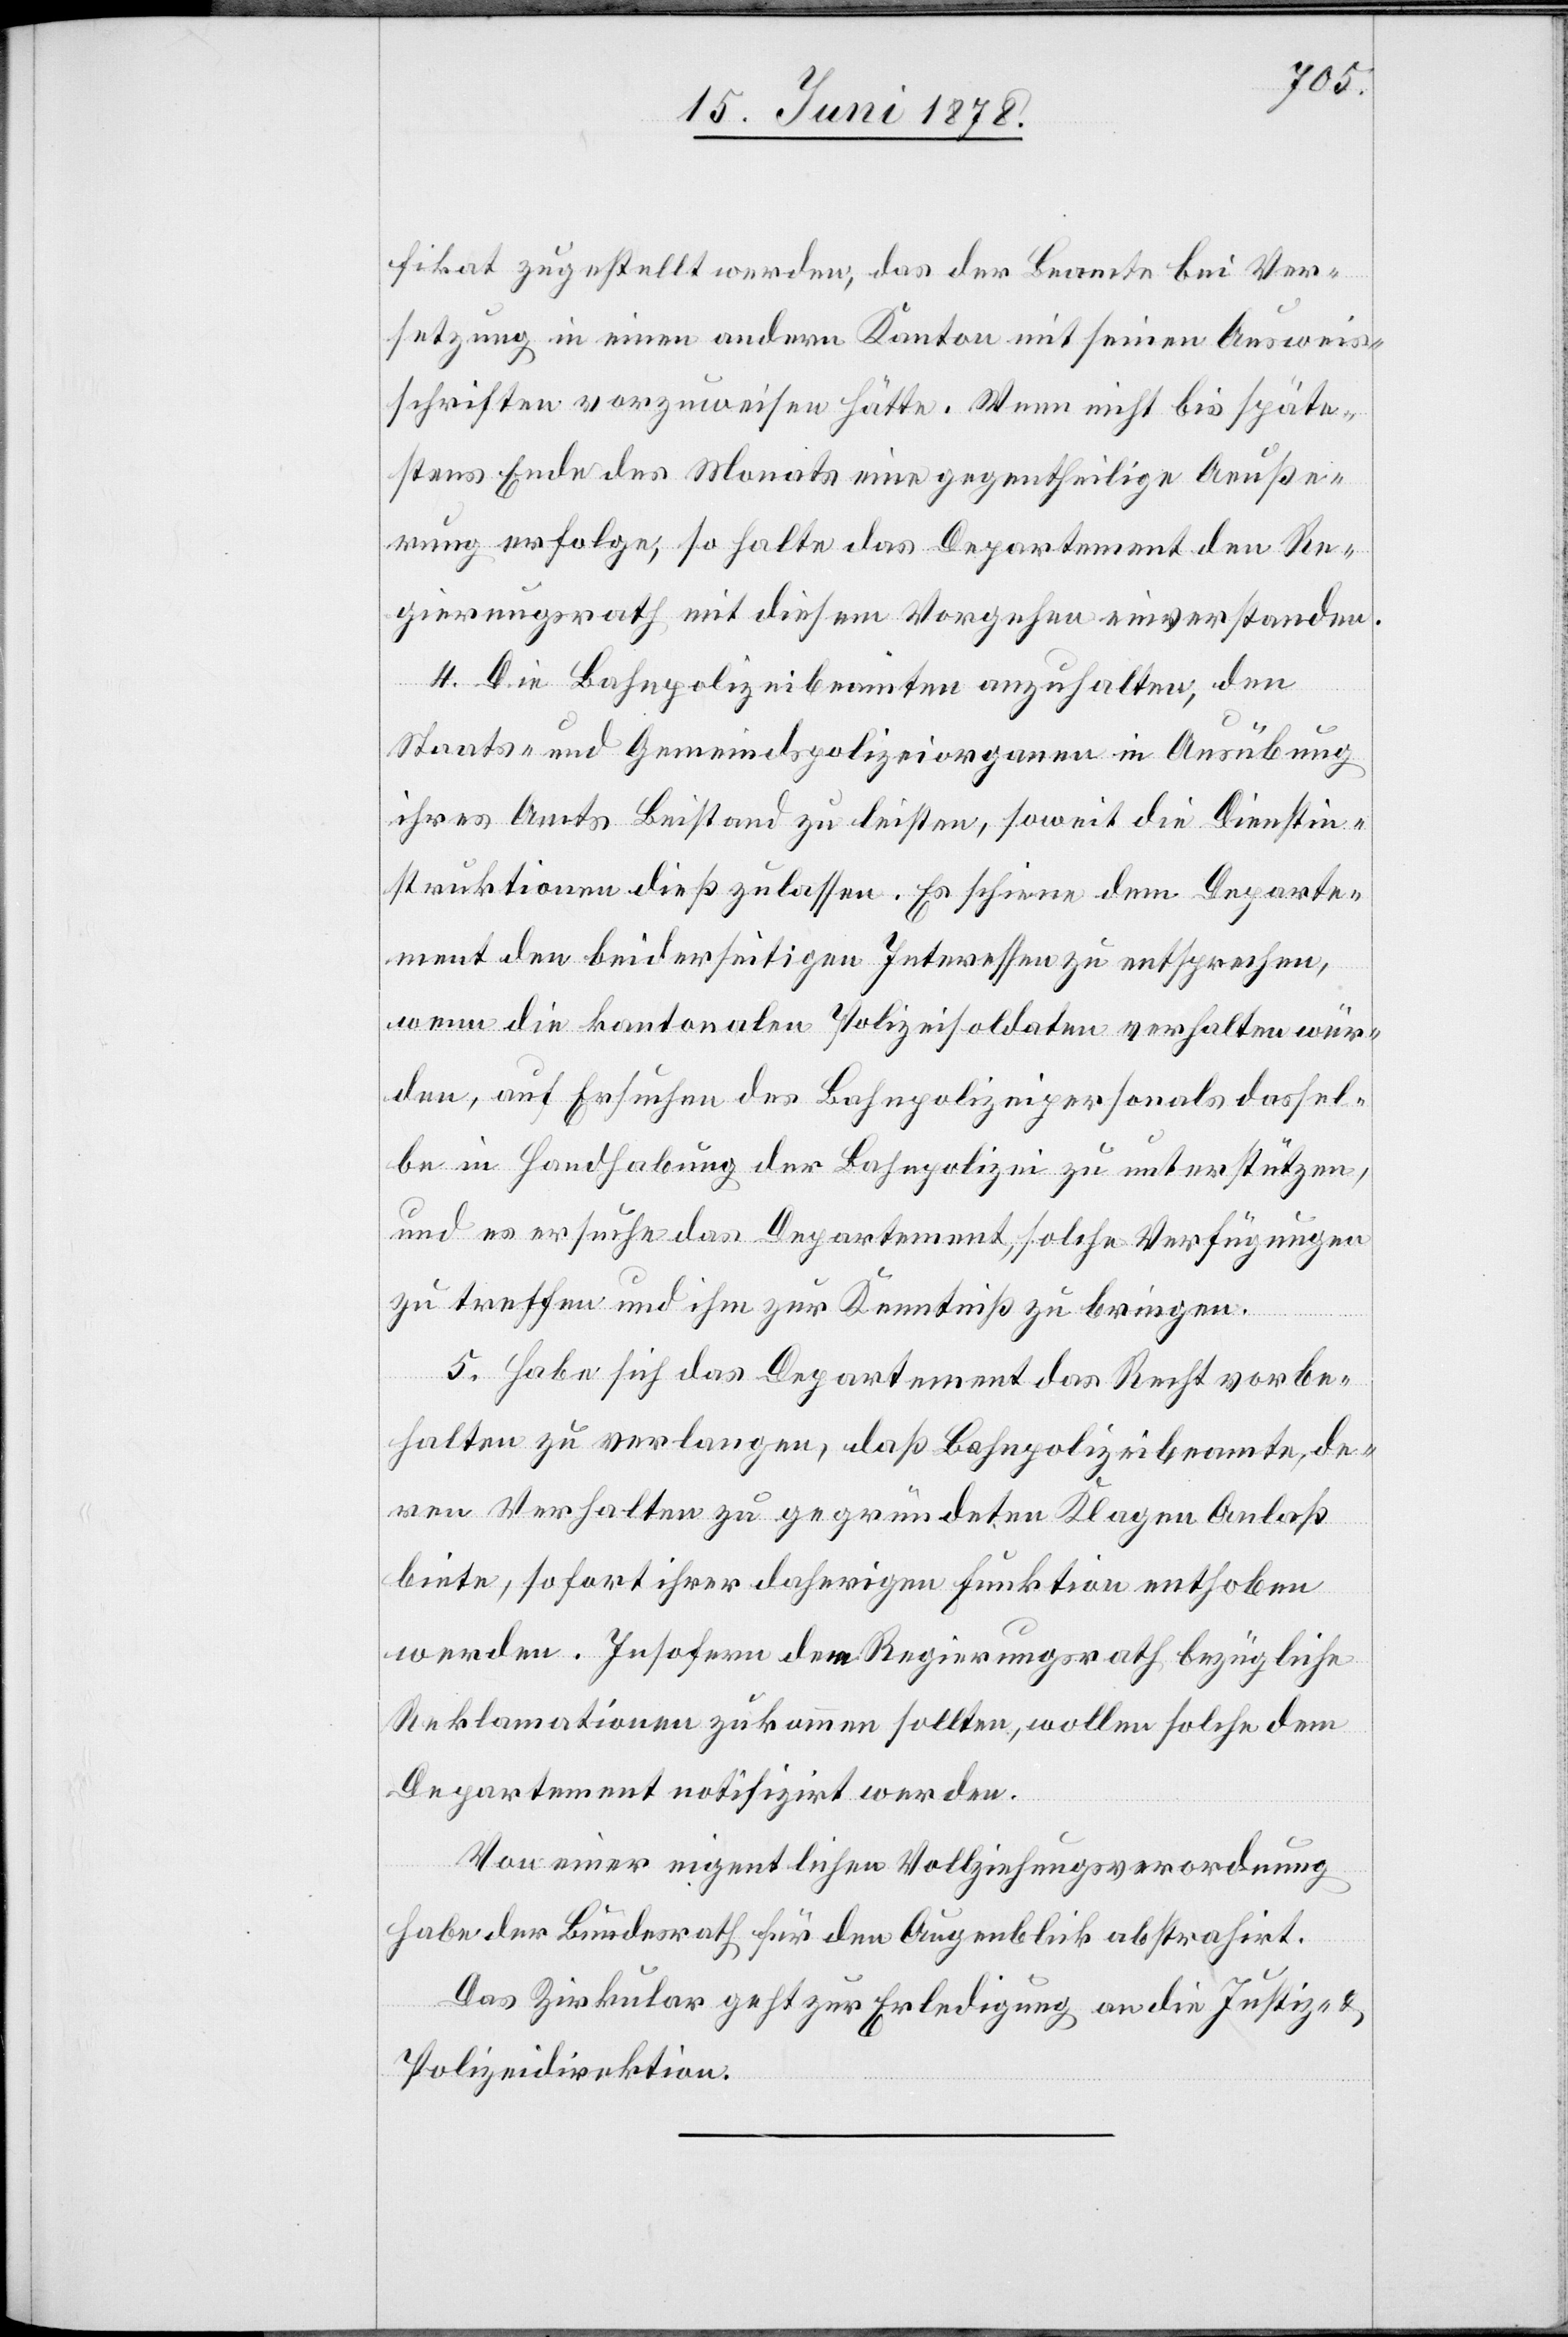
fikat zugestellt werden, das der Beamte bei Ver¬
setzung in einen andern Kanton mit seinen Ausweis¬
schriften vorzuweisen hätte. Wenn nicht bis späte¬
stens Ende des Monats eine gegentheilige Aeuße¬
rung erfolge, so halte das Departement den Re¬
gierungsrath mit diesem Vorgehen einverstanden.
4. Die Bahnpolizeibeamten anzuhalten, den
Staats- und Gemeindspolizeiorganen in Ausübung
ihres Amts Beistand zu leisten, soweit die Dienstin¬
struktionen dieß zulassen. Es schiene dem Departe¬
ment den beiderseitigen Interessen zu entsprechen,
wenn die kantonalen Polizeisoldaten verhalten wür¬
den, auf Ersuchen des Bahnpolizeipersonals dassel¬
be in Handhabung der Bahnpolizei zu unterstützen,
und es ersuche das Departement, solche Verfügungen
zu treffen und ihm zur Kenntniß zu bringen.
5. Habe sich das Departement das Recht vorbe¬
halten zu verlangen, daß Bahnpolizeibeamte, de¬
ren Verhalten zu gegründeten Klagen Anlaß
biete, sofort ihrer daherigen Funktion enthoben
werden. Insofern dem Regierungsrath bezügliche
Reklamationen zukommen sollten, wollen solche dem
Departement notifizirt werden.
Von einer eigentlichen Vollziehungsverordnung
habe der Bundesrath für den Augenblick abstrahirt.
Das Zirkular geht zur Erledigung an die Justiz- &
Polizeidirektion.